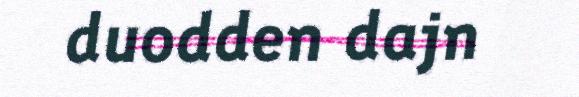
duodden dajn